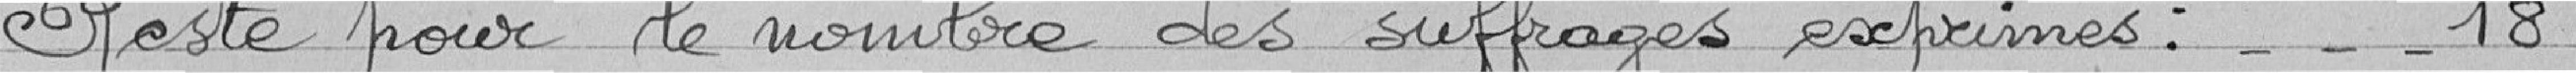
Reste pour le nombre des suffrages exprimés : 18